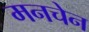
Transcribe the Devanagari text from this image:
मनचेन